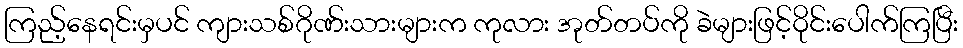
ကြည့်နေရင်းမှပင် ကျားသစ်ဂိုဏ်းသားများက ကုလား အုတ်တပ်ကို ခဲများဖြင့်ဝိုင်းပေါက်ကြပြီး